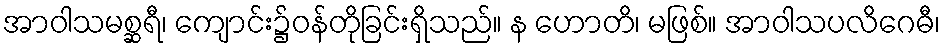
အာဝါသမစ္ဆရီ၊ ကျောင်း၌ဝန်တိုခြင်းရှိသည်။ န ဟောတိ၊ မဖြစ်။ အာဝါသပလိဂေဓီ၊